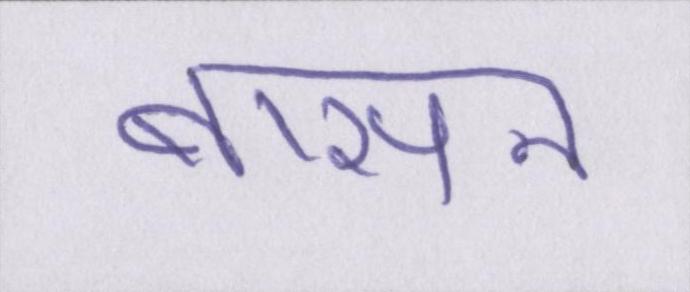
बासन